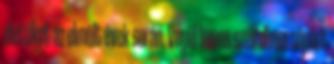
életüket az elmúlt évek során. Végül heves szélroham söpört